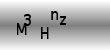
Text: M3Hnz